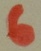
Text: 6